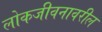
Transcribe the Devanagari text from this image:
लोकजीवनावरील